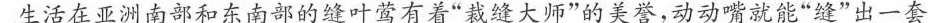
生活在亚洲南部和东南部的缝叶莺有着”裁缝大师”的美誉，动动嘴就能”缝”出一套